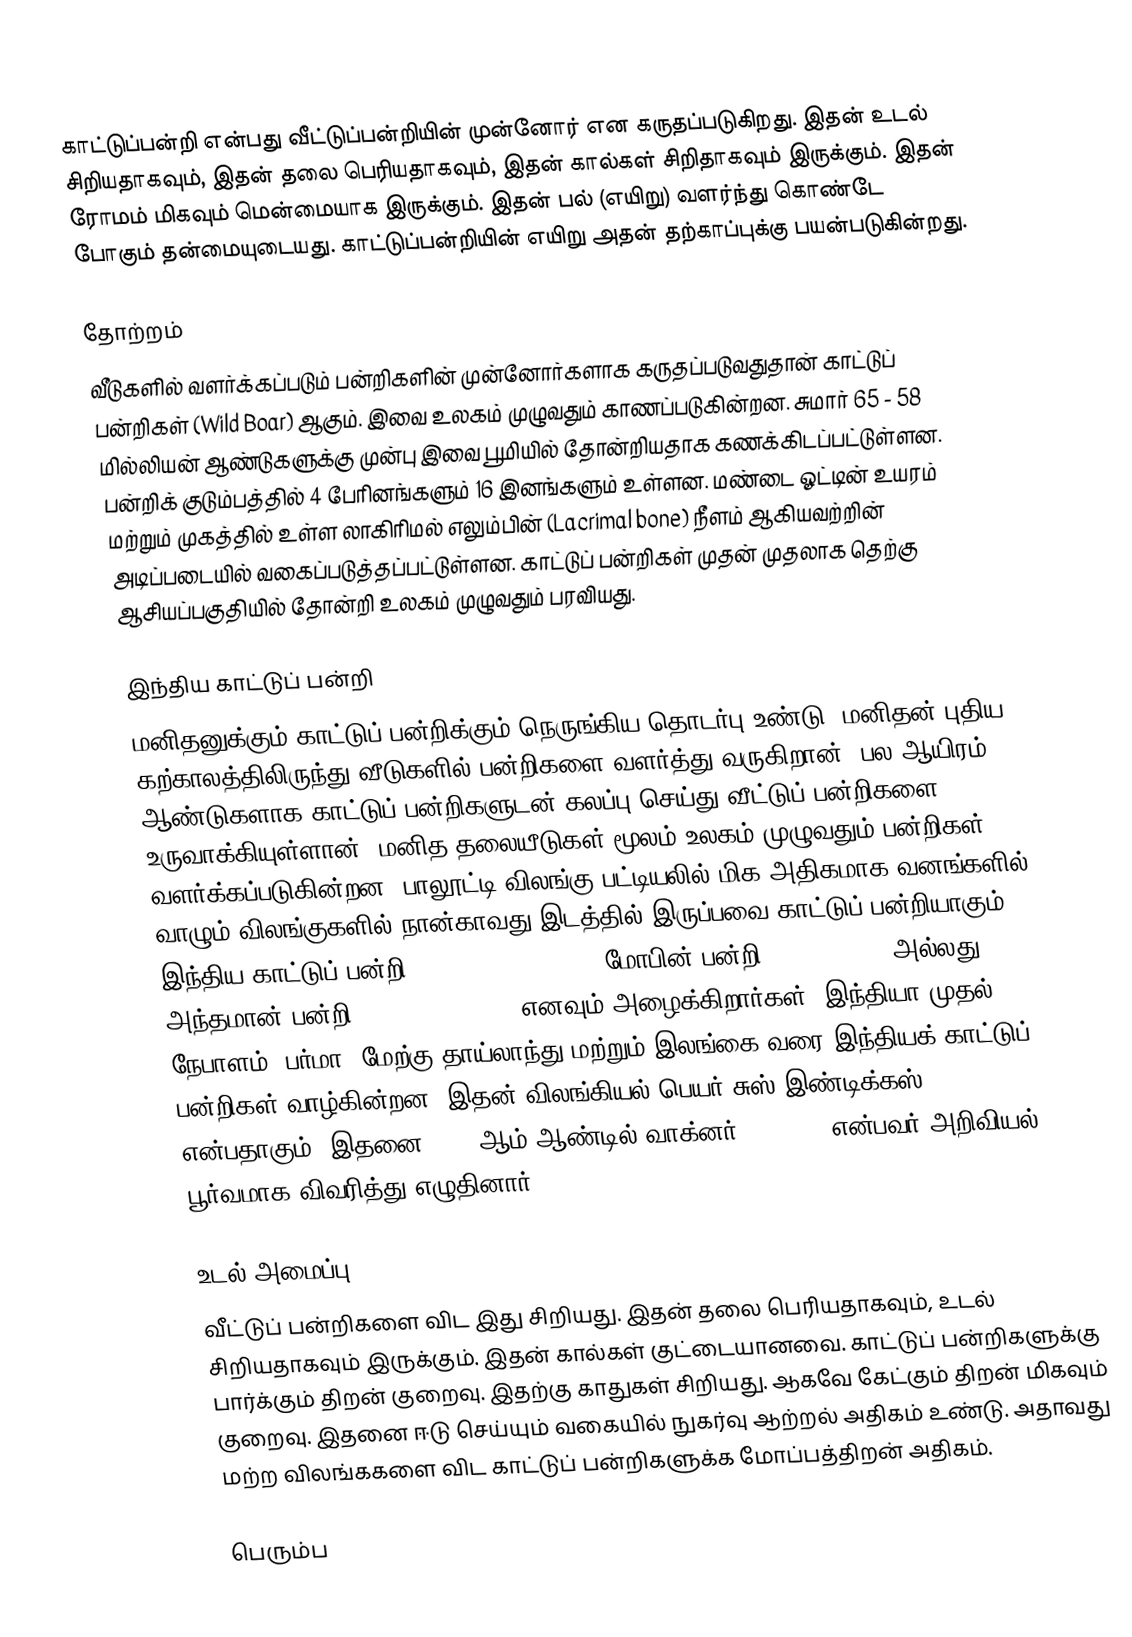
காட்டுப்பன்றி என்பது வீட்டுப்பன்றியின் முன்னோர் என கருதப்படுகிறது. இதன் உடல் சிறியதாகவும், இதன் தலை பெரியதாகவும், இதன் கால்கள் சிறிதாகவும் இருக்கும். இதன் ரோமம் மிகவும் மென்மையாக இருக்கும். இதன் பல் (எயிறு) வளர்ந்து கொண்டே போகும் தன்மையுடையது. காட்டுப்பன்றியின் எயிறு அதன் தற்காப்புக்கு பயன்படுகின்றது.

தோற்றம்
வீடுகளில் வளர்க்கப்படும் பன்றிகளின் முன்னோர்களாக கருதப்படுவதுதான் காட்டுப் பன்றிகள் (Wild Boar) ஆகும். இவை உலகம் முழுவதும் காணப்படுகின்றன. சுமார் 65 - 58 மில்லியன் ஆண்டுகளுக்கு முன்பு இவை பூமியில் தோன்றியதாக கணக்கிடப்பட்டுள்ளன. பன்றிக் குடும்பத்தில் 4 பேரினங்களும் 16 இனங்களும் உள்ளன. மண்டை ஓட்டின் உயரம் மற்றும் முகத்தில் உள்ள லாகிரிமல் எலும்பின் (Lacrimal bone) நீளம் ஆகியவற்றின் அடிப்படையில் வகைப்படுத்தப்பட்டுள்ளன. காட்டுப் பன்றிகள் முதன் முதலாக தெற்கு ஆசியப்பகுதியில் தோன்றி உலகம் முழுவதும் பரவியது.

இந்திய காட்டுப் பன்றி
மனிதனுக்கும் காட்டுப் பன்றிக்கும் நெருங்கிய தொடர்பு உண்டு. மனிதன் புதிய கற்காலத்திலிருந்து வீடுகளில் பன்றிகளை வளர்த்து வருகிறான். பல ஆயிரம் ஆண்டுகளாக காட்டுப் பன்றிகளுடன் கலப்பு செய்து வீட்டுப் பன்றிகளை உருவாக்கியுள்ளான். மனித தலையீடுகள் மூலம் உலகம் முழுவதும் பன்றிகள் வளர்க்கப்படுகின்றன. பாலூட்டி விலங்கு பட்டியலில் மிக அதிகமாக வனங்களில் வாழும் விலங்குகளில் நான்காவது இடத்தில் இருப்பவை காட்டுப் பன்றியாகும். இந்திய காட்டுப் பன்றி (Indian wild boar), மோபின் பன்றி (Moupin pig) அல்லது அந்தமான் பன்றி (Andamanese pig) எனவும் அழைக்கிறார்கள். இந்தியா முதல் நேபாளம், பர்மா, மேற்கு தாய்லாந்து மற்றும் இலங்கை வரை இந்தியக் காட்டுப் பன்றிகள் வாழ்கின்றன. இதன் விலங்கியல் பெயர் சுஸ் இண்டிக்கஸ் (Sus Inidcus) என்பதாகும். இதனை 1839 ஆம் ஆண்டில் வாக்னர் (Wagner) என்பவர் அறிவியல் பூர்வமாக விவரித்து எழுதினார்.

உடல் அமைப்பு
வீட்டுப் பன்றிகளை விட இது சிறியது. இதன் தலை பெரியதாகவும், உடல் சிறியதாகவும் இருக்கும். இதன் கால்கள் குட்டையானவை. காட்டுப் பன்றிகளுக்கு பார்க்கும் திறன் குறைவு. இதற்கு காதுகள் சிறியது. ஆகவே கேட்கும் திறன் மிகவும் குறைவு. இதனை ஈடு செய்யும் வகையில் நுகர்வு ஆற்றல் அதிகம் உண்டு. அதாவது மற்ற விலங்ககளை விட காட்டுப் பன்றிகளுக்க மோப்பத்திறன் அதிகம்.

பெரும்ப